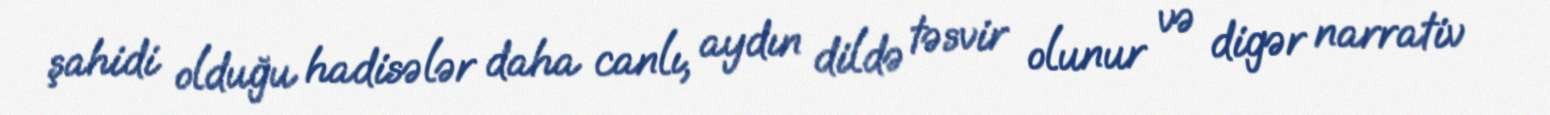
şahidi olduğu hadisələr daha canlı, aydın dildə təsvir olunur və digər narrativ